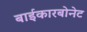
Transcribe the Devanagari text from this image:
बाईकारबोनेट